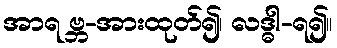
အာရ ဗ္ဘ-အားထုတ်၍၊ လဒ္ဓါ-ရ၍။